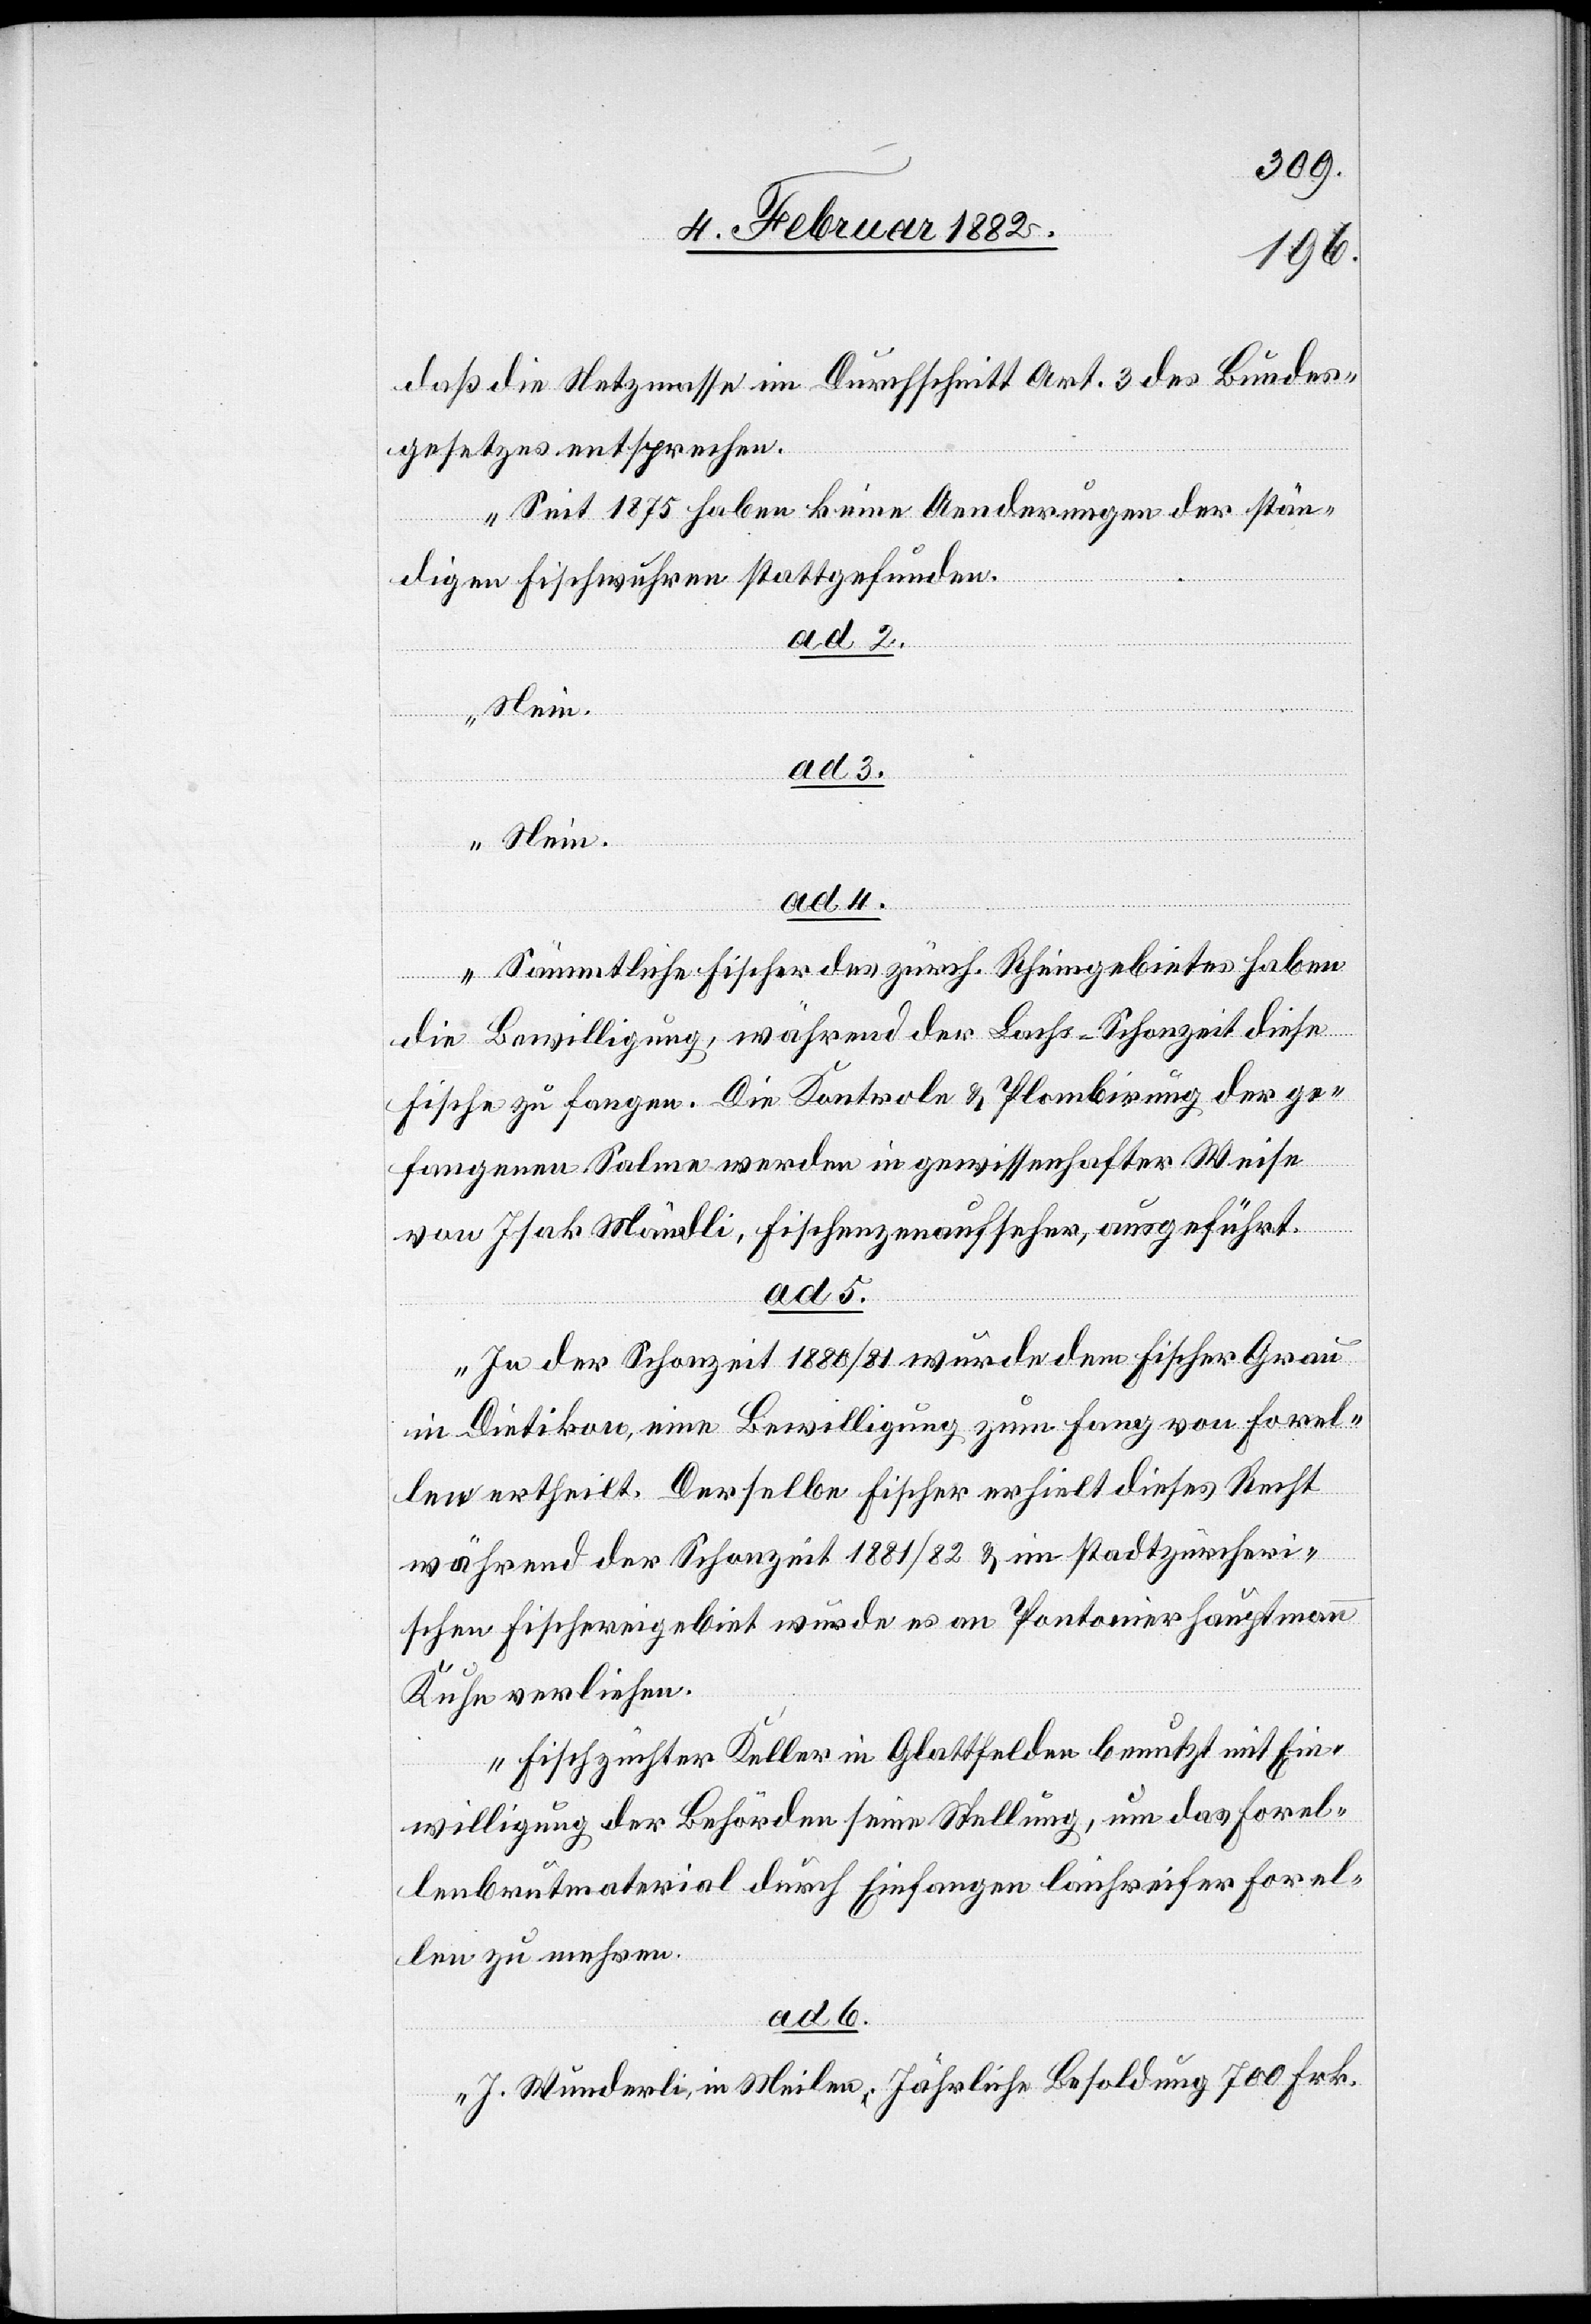
daß die Netzmasse im Durchschnitt Art. 3 des Bundes¬
gesetzes entsprechen.
Seit 1875 haben keine Aenderungen der stän¬
digen Fischwuhre stattgefunden.
ad. 2.
Nein.
ad. 3.
ad. 4.
Sämmtliche Fischer des zürch. Rheingebietes haben
die Bewilligung während der Lachs-Schonzeit diese
Fische zu fangen. Die Kontrole & Plombirung der ge¬
fangenen Salme werden in gewissenhafter Weise
von Isak Mändli, Fischenzenaufseher, ausgeführt.
ad. 5.
In der Schonzeit 1880/81 wurde dem Fischer Grau
in Dietikon, eine Bewilligung zum Fang von Forel¬
len ertheilt. Derselbe Fischer erhielt dieses Recht
während der Schonzeit 1881/82 & im stadtzürcheri¬
schen Fischereigebiet wurde es an Pontonier Hauptmann
Kuhn verliehen.
Fischzüchter Keller in Glattfelden benutzt mit Ein¬
willigung der Behörde seine Stellung, um das Forel¬
lenbrutmaterial durch Einfangen laichreifer Forel¬
len zu mehren.
ad. 6.
I. Wunderli, in Meilen; Jährliche Besoldung 700 Frk.